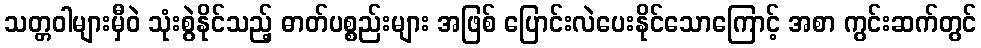
သတ္တဝါများမှီဝဲ သုံးစွဲနိုင်သည့် ဓာတ်ပစ္စည်းများ အဖြစ် ပြောင်းလဲပေးနိုင်သောကြောင့် အစာ ကွင်းဆက်တွင်